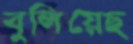
বুলিয়েছ